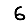
Digit: 6